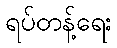
ရပ်တန့်ရေး